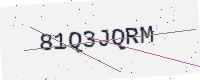
Text: 81Q3JQRM